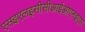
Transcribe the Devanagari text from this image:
एसइएलइसीसीआईओएनइएस